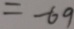
= - 6 9